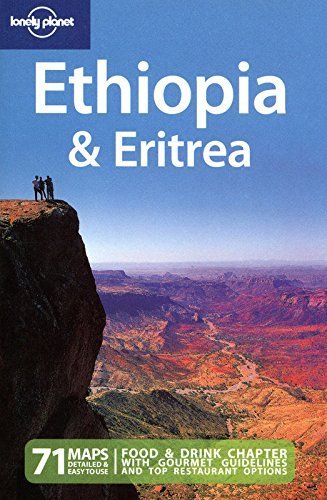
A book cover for Lonely Planet Ethiopia & Eritrea (Country Travel Guide) by Jean-Bernard Carillet, Stuart Butler, David Lukas, Dean Star (2009) Paperback; Stuart Butler, David Lukas, Dean Star Jean-Bernard Carillet; Travel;